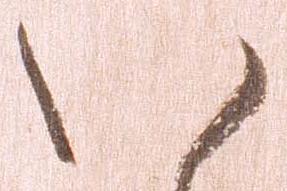
い